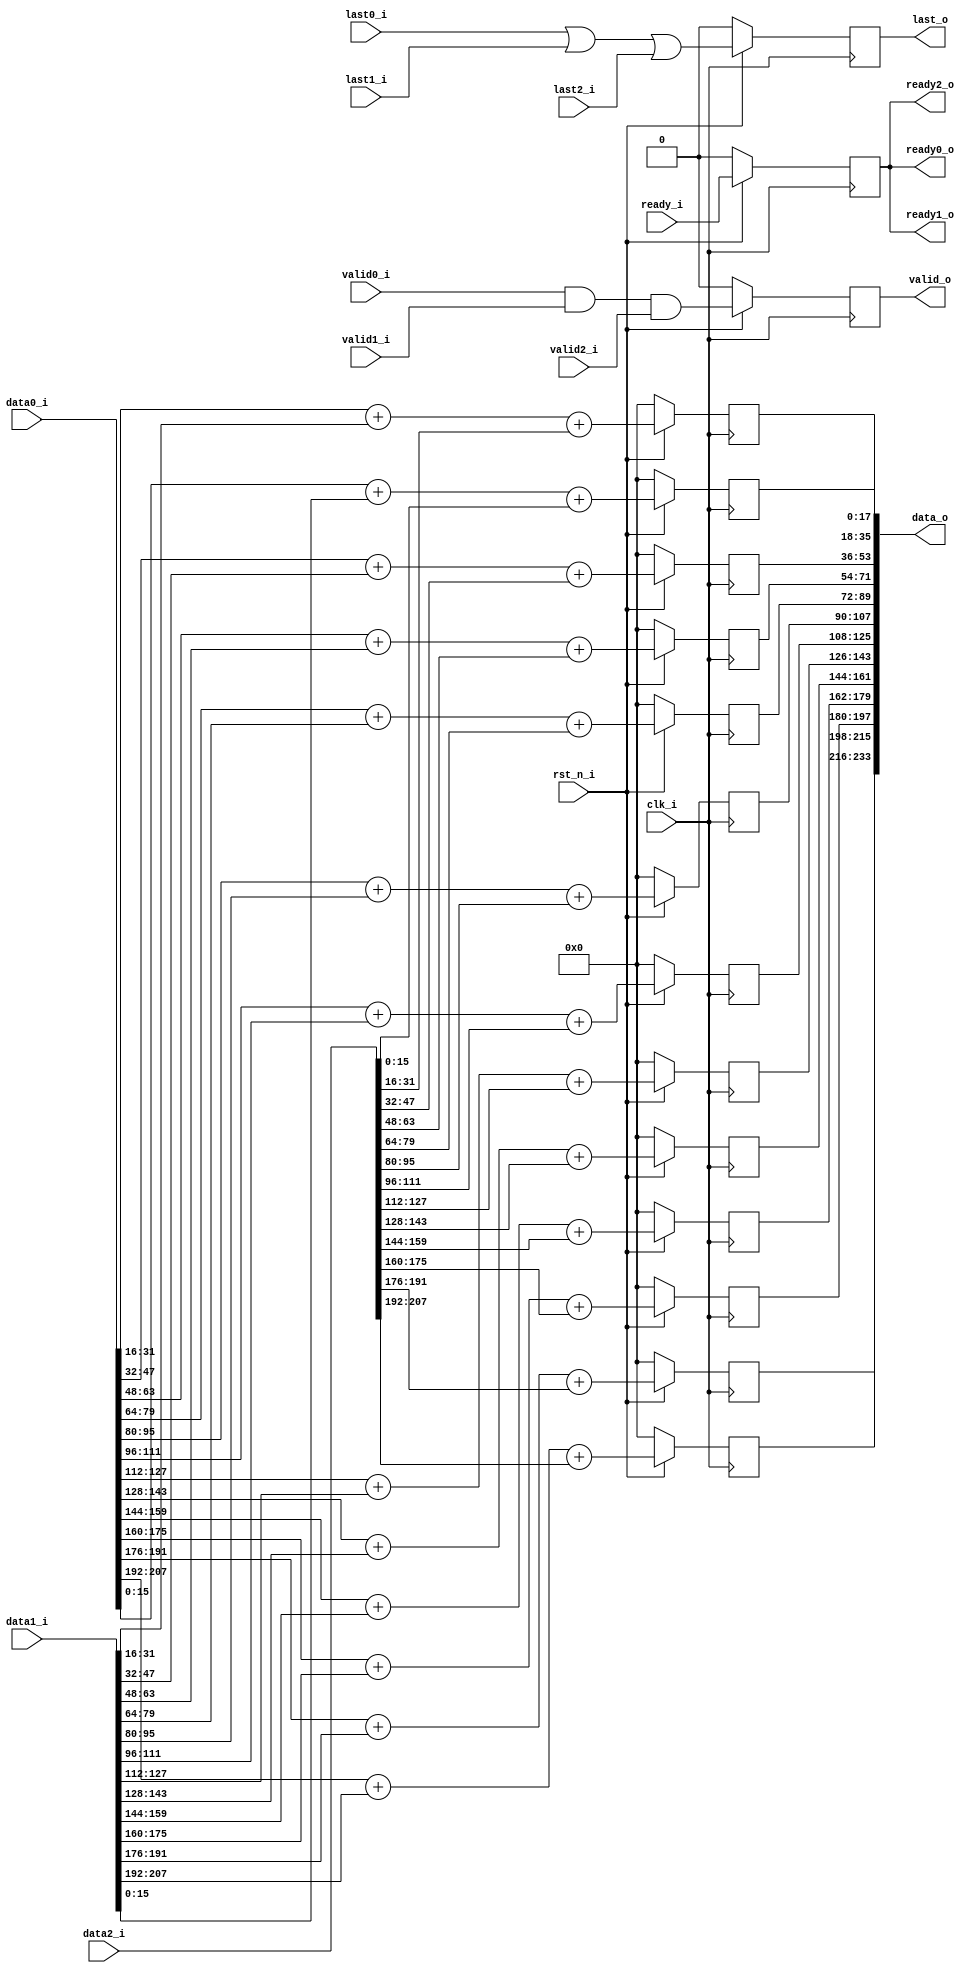
// =============================================================================
// Module:       Vector Adder
// Design:       Eldrick Millares
// Verification: Matthew Pauly
// Notes:
// =============================================================================

module vec_add #(
    parameter I_BW = 16,
    parameter O_BW = 18,
    parameter VECTOR_LEN = 13
) (
    // clock and reset
    input                                       clk_i,
    input                                       rst_n_i,

    // streaming input
    input  signed [(VECTOR_LEN * I_BW) - 1 : 0] data0_i,
    input                                       valid0_i,
    input                                       last0_i,
    output                                      ready0_o,

    // streaming input
    input  signed [(VECTOR_LEN * I_BW) - 1 : 0] data1_i,
    input                                       valid1_i,
    input                                       last1_i,
    output                                      ready1_o,

    // streaming input
    input  signed [(VECTOR_LEN * I_BW) - 1 : 0] data2_i,
    input                                       valid2_i,
    input                                       last2_i,
    output                                      ready2_o,

    // streaming output
    output signed [(VECTOR_LEN * O_BW) - 1 : 0] data_o,
    output                                      valid_o,
    output                                      last_o,
    input                                       ready_i
);

    genvar i;

    // =========================================================================
    // Input Unpacking
    // =========================================================================
    // unpacked arrays
    wire signed [I_BW - 1 : 0] data0_arr [VECTOR_LEN - 1 : 0];
    wire signed [I_BW - 1 : 0] data1_arr [VECTOR_LEN - 1 : 0];
    wire signed [I_BW - 1 : 0] data2_arr [VECTOR_LEN - 1 : 0];
    reg  signed [O_BW - 1 : 0] out_arr   [VECTOR_LEN - 1 : 0];

    // unpack data input
    for (i = 0; i < VECTOR_LEN; i = i + 1) begin: unpack_inputs
        assign data0_arr[i] = data0_i[(i + 1) * I_BW - 1 : i * I_BW];
        assign data1_arr[i] = data1_i[(i + 1) * I_BW - 1 : i * I_BW];
        assign data2_arr[i] = data2_i[(i + 1) * I_BW - 1 : i * I_BW];
    end

    // =========================================================================
    // Vector Addition
    // =========================================================================
    // registered addition of data elements
    for (i = 0; i < VECTOR_LEN; i = i + 1) begin: vector_addition
        always @(posedge clk_i) begin
            if (!rst_n_i) begin
                out_arr[i] <= 'd0;
            end else begin
                out_arr[i] <= data0_arr[i] + data1_arr[i] + data2_arr[i];
            end
        end
    end

    // =========================================================================
    // Output Packing
    // =========================================================================
    // pack addition results
    for (i = 0; i < VECTOR_LEN; i = i + 1) begin: pack_output
        assign data_o[(i + 1) * O_BW - 1 : i * O_BW] = out_arr[i];
    end

    // =========================================================================
    // Output Assignment
    // =========================================================================
    // register all outputs
    reg valid_q, last_q, ready_q;
    always @(posedge clk_i) begin
        if (!rst_n_i) begin
            valid_q <= 'b0;
            last_q  <= 'b0;
            ready_q <= 'b0;
        end else begin
            valid_q <= valid0_i & valid1_i & valid2_i;
            last_q  <= last0_i | last1_i | last2_i;
            ready_q <= ready_i;
        end
    end

    assign valid_o  = valid_q;
    assign last_o   = last_q;
    assign ready0_o = ready_q;
    assign ready1_o = ready_q;
    assign ready2_o = ready_q;

    // =========================================================================
    // Simulation Only Waveform Dump (.vcd export)
    // =========================================================================
    `ifdef COCOTB_SIM
    `ifndef SCANNED
    `define SCANNED
    initial begin
        $dumpfile ("wave.vcd");
        $dumpvars (0, vec_add);
        #1;
    end
    `endif
    `endif

endmodule